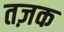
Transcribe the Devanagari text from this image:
तज़क